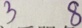
3 8